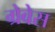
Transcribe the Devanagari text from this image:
ग्रेबेस